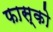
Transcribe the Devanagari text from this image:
फास्को